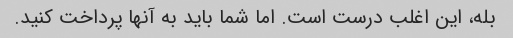
بله، این اغلب درست است. اما شما باید به آنها پرداخت کنید.